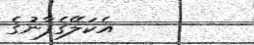
އެކަލޭގެފާނުގެ